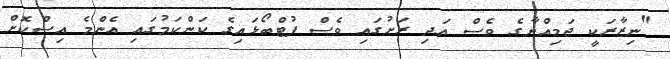
"ނިޒާރަކީ ޖަމިއްޔާގެ ވެސް އަދި ރަށުގައި ވެސް ފުޓްބޯޅައިގެ ކަންކަމުގައި އެންމެ އިސްކޮށް